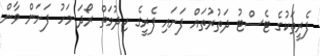
ފެރީތަކުގެ ޓެސްޓު ދަތުރުތައް ފަށައި ފެރީގެ ހިދުމަތް ރޯދަ މަހު ފަށަން ވާން